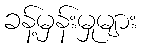
ခန့်မှန်းမှုများ